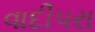
વાદીપરા